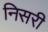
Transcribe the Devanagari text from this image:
निसरी